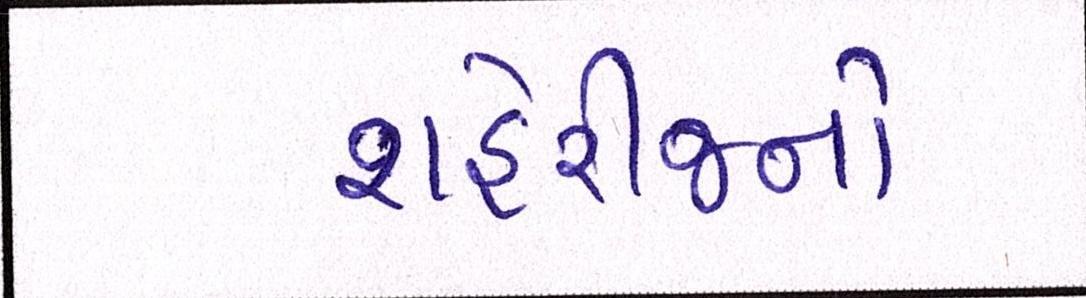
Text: શહેરીજનો